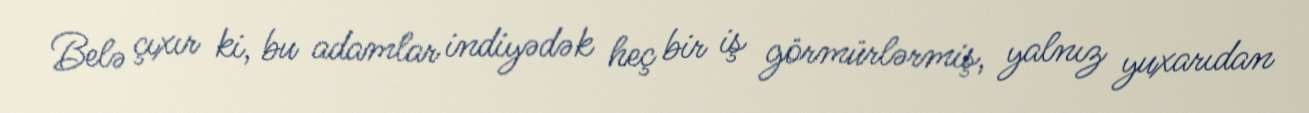
Belə çıxır ki, bu adamlar indiyədək heç bir iş görmürlərmiş, yalnız yuxarıdan